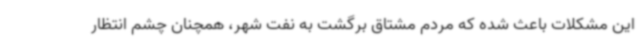
این مشکلات باعث شده که مردم مشتاق برگشت به نفت شهر، همچنان چشم انتظار